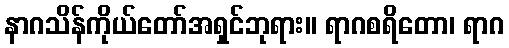
နာဂသိန်ကိုယ်တော်အရှင်ဘုရား။ ရာဂစရိတော၊ ရာဂ